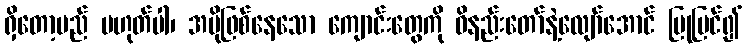
ရှိတော့မည် မဟုတ်ပါ၊ အပိုဖြစ်နေသော ကျောင်းတွေကို ဝိနည်းတော်နဲ့လျော်အောင် ပြုပြင်၍